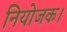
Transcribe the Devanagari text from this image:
नियोजक।